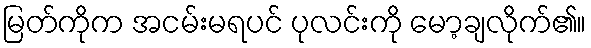
မြတ်ကိုက အငမ်းမရပင် ပုလင်းကို မော့ချလိုက်၏။